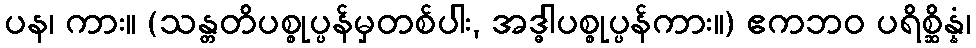
ပန၊ ကား။ (သန္တတိပစ္စုပ္ပန်မှတစ်ပါး, အဒ္ဓါပစ္စုပ္ပန်ကား။) ဧကဘဝ ပရိစ္ဆိန္နံ၊